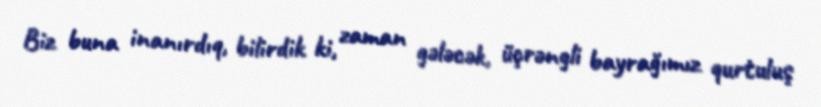
Biz buna inanırdıq, bilirdik ki, zaman gələcək, üçrəngli bayrağımız qurtuluş